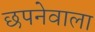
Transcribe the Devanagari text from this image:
छपनेवाला